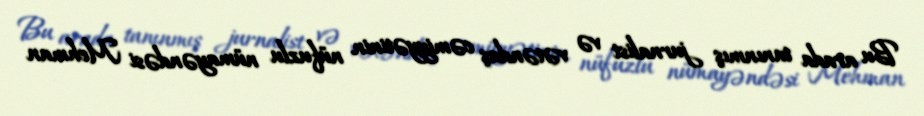
Bu arada tanınmış jurnalist və vətəndaş cəmiyyətinin nüfuzlu nümayəndəsi Mehman